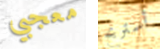
معجبي أستريح